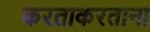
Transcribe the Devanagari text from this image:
करताकरताना